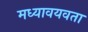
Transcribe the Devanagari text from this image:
मध्यावयवता